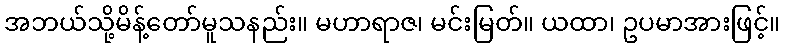
အဘယ်သို့မိန့်တော်မူသနည်း။ မဟာရာဇ၊ မင်းမြတ်။ ယထာ၊ ဥပမာအားဖြင့်။